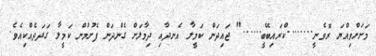
މަށަށްވިއްޔަ ރޮވެނީ........ކްރައިބޭބީ......" ޖައިދަން ކަމީލާ އެނދާއި ދިމާލަށް ގެންދަން ފެށުމުން ކަމީލާ ގަދަދެއްކިއެވެ.